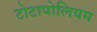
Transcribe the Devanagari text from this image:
टोटापोलियम